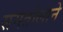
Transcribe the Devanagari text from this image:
समतोलाने